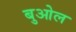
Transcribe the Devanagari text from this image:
बुओल